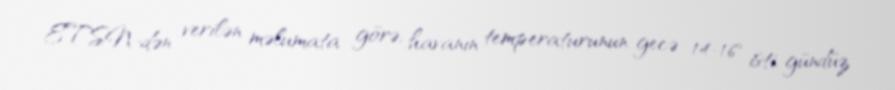
ETSN-dən verilən məlumata görə, havanın temperaturunun gecə 14-16° isti, gündüz